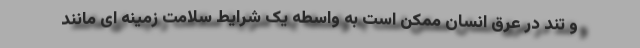
و تند در عرق انسان ممکن است به واسطه یک شرایط سلامت زمینه ای مانند